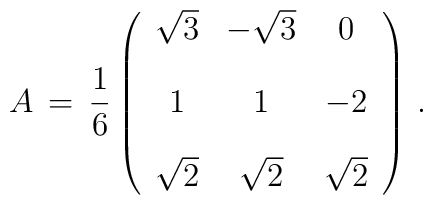
A \,=\, \frac{1}{6} \left ( \begin{array}{cccc}			\sqrt{3} & - \sqrt{3} & 0  \\ [1em]			     1   &  1         & -2  \\ [1em]		       \sqrt{2}  & \sqrt{2} & \sqrt{2}\end{array}  \right )\,.